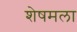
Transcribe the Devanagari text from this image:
शेषमला